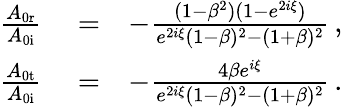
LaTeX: \begin{array}{rlr}{\frac{A_{\mathrm{0r}}}{A_{\mathrm{0i}}}}&{{}=}&{-\frac{(1-\beta^{2})(1-e^{2i\xi})}{e^{2i\xi}(1-\beta)^{2}-(1+\beta)^{2}}\, ,}\\ {\frac{A_{\mathrm{0t}}}{A_{\mathrm{0i}}}}&{{}=}&{-\frac{4\beta e^{i\xi}}{e^{2i\xi}(1-\beta)^{2}-(1+\beta)^{2}}\, .}\end{array}